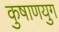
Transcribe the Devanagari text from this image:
कुषाणयुग